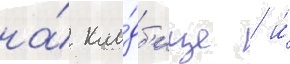
на́ кла́дб'ище / и́